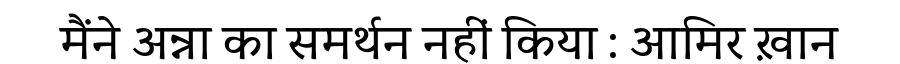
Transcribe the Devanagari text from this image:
मैंने अन्ना का समर्थन नहीं किया : आमिर ख़ान